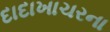
દાદાખાચરના